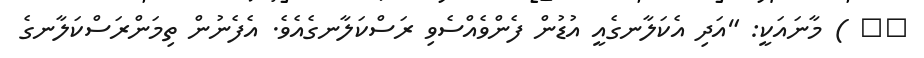
٩٩ ) މާނައަކީ: "އަދި އެކަލާނގެއީ އުޑުން ފެންވެއްސެވި ރަސްކަލާނގެއެވެ. އެފެނުން ތިމަންރަސްކަލާނގެ